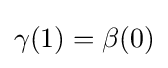
\gamma (1)=\beta (0)